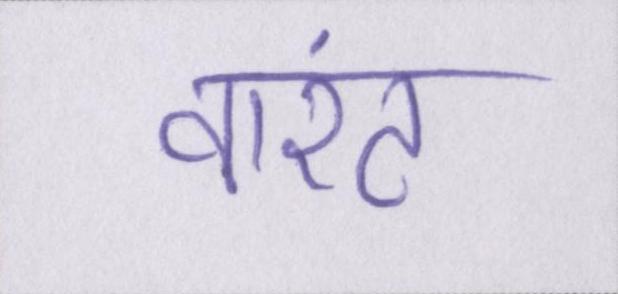
वारंट